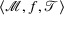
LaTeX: \langle { \mathcal { M } } , f , { \mathcal { T } } \rangle